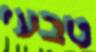
טבעי